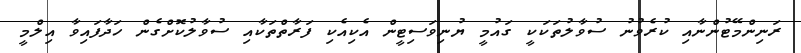
ރަނިންމޭޓުންނާއި ކުރެވުނު ސުވާލުތަކަކީ ގައުމީ ޔުނިވަސިޓީން އެކިއެކި ފަރާތްތަކާއި ސުވާލުކޮށްގެން ހަދާފައިވާ އިލްމީ